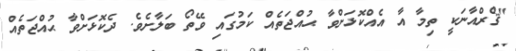
"ޤްރްއާނަކީ ތިމާ އާ އެއްކޮޅަށްވާ ޙުއްޖަތެއް ކަމުގައި ވޭތޯ ބަލާށެވެ. ދެކޮޅަށްވާ ޙުއްޖަތެއް